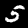
Label: 5